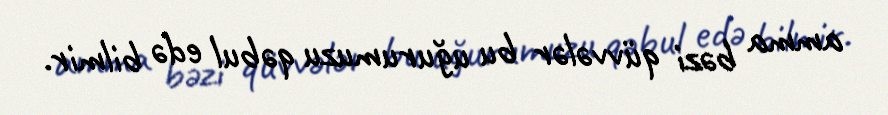
amma bəzi qüvvələr bu uğurumuzu qəbul edə bilmir.